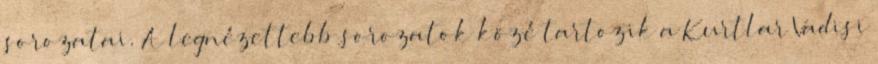
sorozatai. A legnézettebb sorozatok közé tartozik a Kurtlar Vadisi